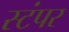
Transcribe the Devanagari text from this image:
स्टंपर